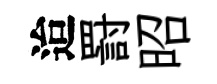
迨罸昭